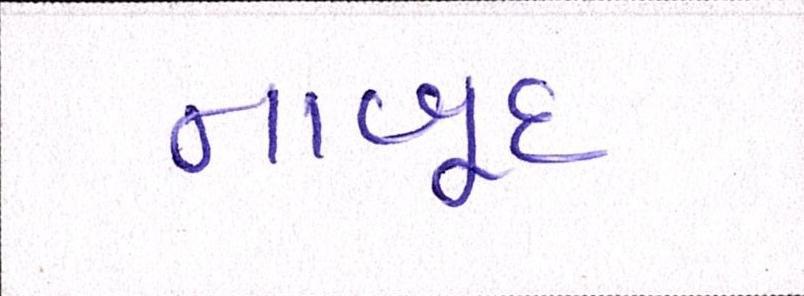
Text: નાબૂદ